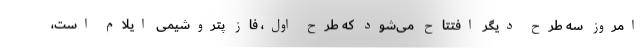
امروز سه طرح دیگر افتتاح می‌شود که طرح اول، فاز پتروشیمی ایلام است،